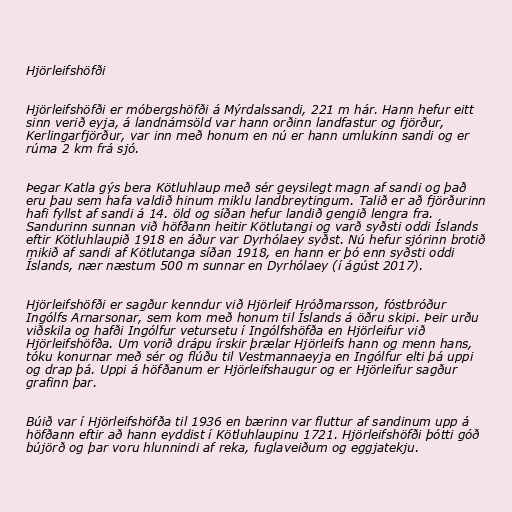
Hjörleifshöfði

Hjörleifshöfði er móbergshöfði á Mýrdalssandi, 221 m hár. Hann hefur eitt
sinn verið eyja, á landnámsöld var hann orðinn landfastur og fjörður,
Kerlingarfjörður, var inn með honum en nú er hann umlukinn sandi og er
rúma 2 km frá sjó.

Þegar Katla gýs bera Kötluhlaup með sér geysilegt magn af sandi og það
eru þau sem hafa valdið hinum miklu landbreytingum. Talið er að fjörðurinn
hafi fyllst af sandi á 14. öld og síðan hefur landið gengið lengra fra.
Sandurinn sunnan við höfðann heitir Kötlutangi og varð syðsti oddi Íslands
eftir Kötluhlaupið 1918 en áður var Dyrhólaey syðst. Nú hefur sjórinn brotið
mikið af sandi af Kötlutanga síðan 1918, en hann er þó enn syðsti oddi
Íslands, nær næstum 500 m sunnar en Dyrhólaey (í ágúst 2017).

Hjörleifshöfði er sagður kenndur við Hjörleif Hróðmarsson, fóstbróður
Ingólfs Arnarsonar, sem kom með honum til Íslands á öðru skipi. Þeir urðu
viðskila og hafði Ingólfur vetursetu í Ingólfshöfða en Hjörleifur við
Hjörleifshöfða. Um vorið drápu írskir þrælar Hjörleifs hann og menn hans,
tóku konurnar með sér og flúðu til Vestmannaeyja en Ingólfur elti þá uppi
og drap þá. Uppi á höfðanum er Hjörleifshaugur og er Hjörleifur sagður
grafinn þar.

Búið var í Hjörleifshöfða til 1936 en bærinn var fluttur af sandinum upp á
höfðann eftir að hann eyddist í Kötluhlaupinu 1721. Hjörleifshöfði þótti góð
bújörð og þar voru hlunnindi af reka, fuglaveiðum og eggjatekju.